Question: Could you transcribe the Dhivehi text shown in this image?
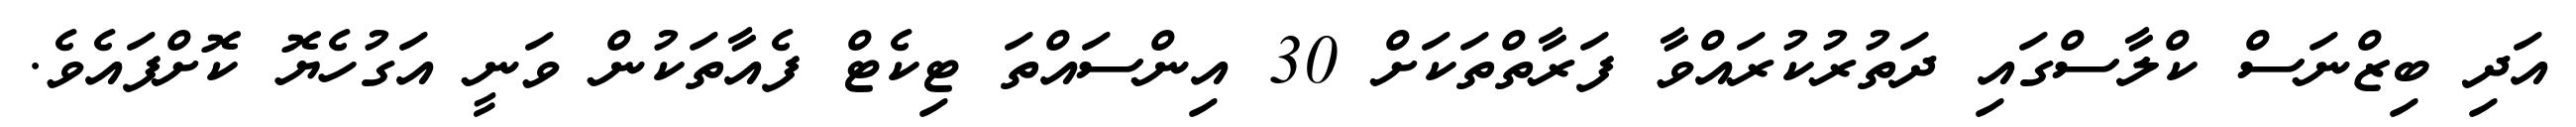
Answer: އަދި ބިޒްނަސް ކްލާސްގައި ދަތުރުކުރައްވާ ފަރާތްތަކަށް 30 އިންސައްތަ ޓިކެޓް ފެއާތަކުން ވަނީ އަގުހެޔޮ ކޮށްފައެވެ.